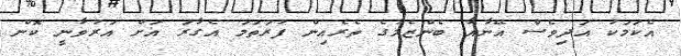
އެކަމަކު އަދިވެސް އޭނާއާ ބެންޒެމާގެ ތެރެއިން ފުރަތަމަ އެގާރަ އަށް އަރުވާނީ ކޮން